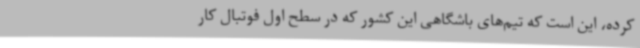
کرده، این است که تیم‌های باشگاهی این کشور که در سطح اول فوتبال کار